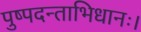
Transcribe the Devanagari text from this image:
पुष्पदन्ताभिधानः।